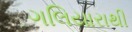
ગલિયારાથી